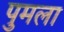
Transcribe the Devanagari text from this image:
पुमला